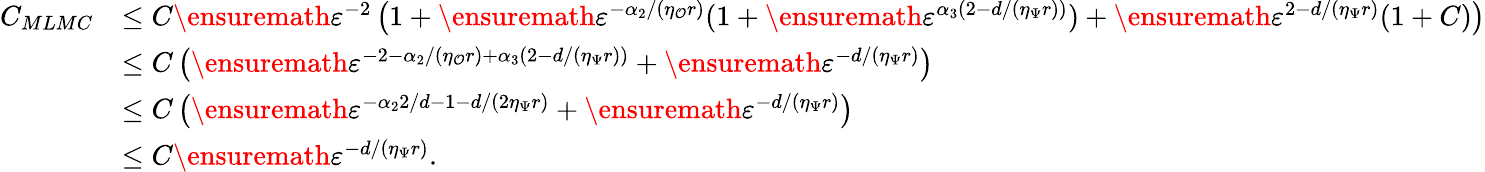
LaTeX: \begin{array}{rl}{C_{MLMC}}&{\le C\ensuremath{\varepsilon}^{-2}\left(1+\ensuremath{\varepsilon}^{-\alpha_{2}/(\eta_{\mathcal{O}}r)}(1+\ensuremath{\varepsilon}^{\alpha_{3}(2-d/(\eta_{\Psi}r))})+\ensuremath{\varepsilon}^{2-d/(\eta_{\Psi}r)}(1+C)\right)}\\ &{\le C\left(\ensuremath{\varepsilon}^{-2-\alpha_{2}/(\eta_{\mathcal{O}}r)+\alpha_{3}(2-d/(\eta_{\Psi}r))}+\ensuremath{\varepsilon}^{-d/(\eta_{\Psi}r)}\right)}\\ &{\le C\left(\ensuremath{\varepsilon}^{-\alpha_{2}2/d-1-d/(2\eta_{\Psi}r)}+\ensuremath{\varepsilon}^{-d/(\eta_{\Psi}r)}\right)}\\ &{\le C\ensuremath{\varepsilon}^{-d/(\eta_{\Psi}r)}.}\end{array}